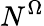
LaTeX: N^{\Omega}